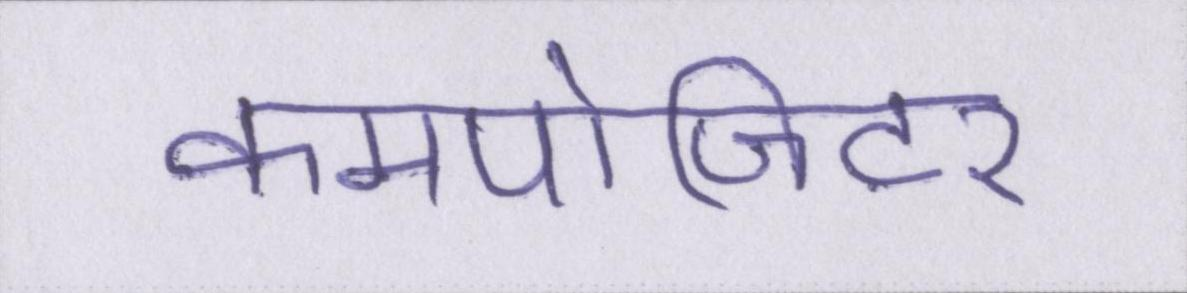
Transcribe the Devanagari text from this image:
कमपोजिटर